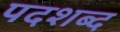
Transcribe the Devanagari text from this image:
पदशब्द